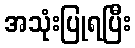
အသုံးပြုရပြီး